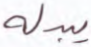
يبدله